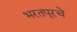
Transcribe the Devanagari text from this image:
भरतपूरचे